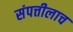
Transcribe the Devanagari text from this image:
संपत्तीलाच